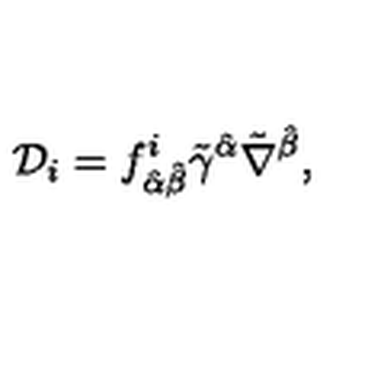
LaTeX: { \cal D } _ { i } = f _ { \hat { \alpha } \hat { \beta } } ^ { i } \tilde { \gamma } ^ { \hat { \alpha } } \tilde { \nabla } ^ { \hat { \beta } } ,